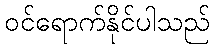
ဝင်ရောက်နိုင်ပါသည်